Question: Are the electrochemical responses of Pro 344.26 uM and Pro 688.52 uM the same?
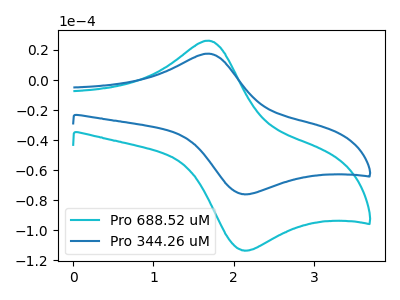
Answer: <think>The cyan curve "Pro 688.52 uM" has an anodic peak at (1.65V, 26.20uA) and a cathodic peak at (2.10V, -113.35uA). The blue curve "Pro 344.26 uM" has an anodic peak at (1.65V, 17.55uA) and a cathodic peak at (2.10V, -75.95uA).
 All the peaks in "Pro 344.26 uM" have a peak in "Pro 688.52 uM" at the same potential. Every peak in "Pro 344.26 uM" is lower than every peak in "Pro 688.52 uM".</think>
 <answer>"Pro 344.26 uM" and "Pro 688.52 uM" are similar in shape.</answer>
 <eval>same_shape</eval>